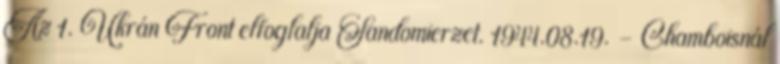
Az 1. Ukrán Front elfoglalja Sandomierzet. 1944.08.19. - Chamboisnál